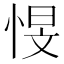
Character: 㥗